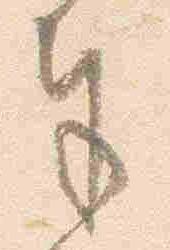
奉